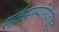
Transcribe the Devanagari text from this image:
सर्कमस्पोरोज़ॉइट